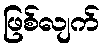
ဖြစ်လျက်